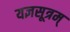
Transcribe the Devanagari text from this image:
यज्ञसूत्रम्